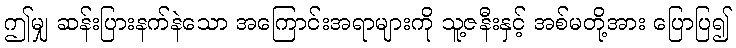
ဤမျှ ဆန်းပြားနက်နဲသော အကြောင်းအရာများကို သူ့ဇနီးနှင့် အစ်မတို့အား ပြောပြ၍